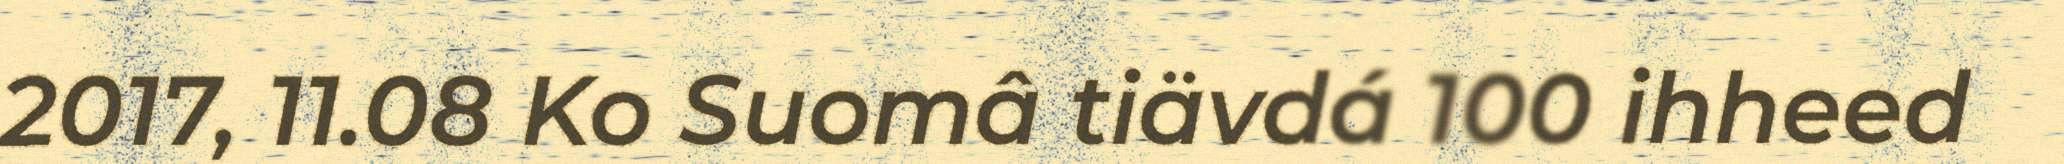
2017, 11.08 Ko Suomâ tiävdá 100 ihheed